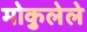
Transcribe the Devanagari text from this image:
मोकुलेले